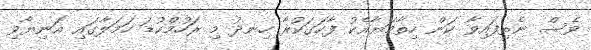
ވެސް ނެތިފައިވާ ކަން ހިތާމަޔާއެކު ފާހަގަކުރާ ހިނދު މި ރަހުމްކުޑަ ހަމަލާގައި އަނިޔާވި